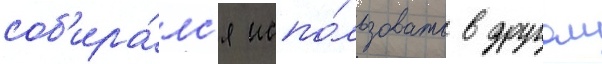
соб'ира́лс'я испо́льзовать в другом